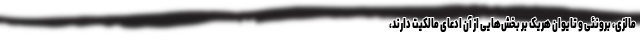
مالزی، برونئی و تایوان هریک بر بخش‌هایی از آن ادعای مالکیت دارند،